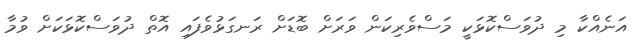
އަނެއްކާ މި ދުވަސްކޮޅަކީ މަސްވެރިކަން ވަރަށް ބޮޑަށް ރަނގަޅުވެފައި އޮތް ދުވަސްކޮޅަކަށް ވުމާ